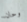
وحان